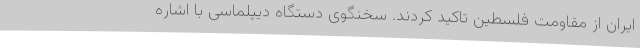
ایران از مقاومت فلسطین تاکید کردند. سخنگوی دستگاه دیپلماسی با اشاره